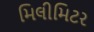
મિલીમિટર